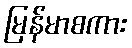
မြန်မာစကား